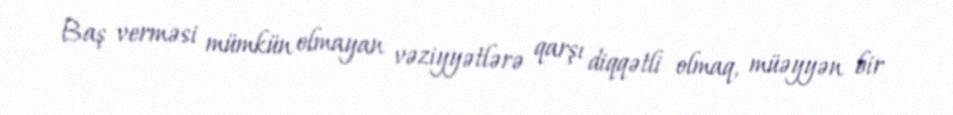
Baş verməsi mümkün olmayan vəziyyətlərə qarşı diqqətli olmaq, müəyyən bir